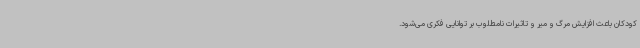
کودکان باعث افزایش مرگ و میر و تاثیرات نامطلوب بر توانایی فکری می‌شود.